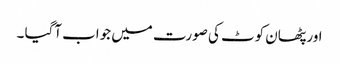
اور پٹھان کوٹ کی صورت میں جواب آگیا ۔